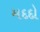
મદદો